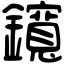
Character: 鑧